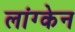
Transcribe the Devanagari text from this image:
लांग्केन